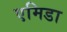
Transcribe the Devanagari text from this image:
एमिडा